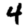
Digit: 4